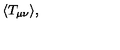
\: \langle T _ { \mu \nu } \rangle , \: